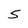
Character: 5